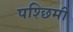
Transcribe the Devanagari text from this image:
पश्छिमी